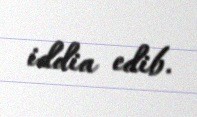
iddia edib.